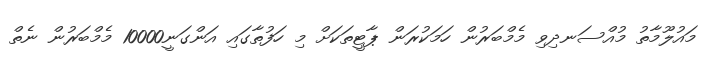
މައުލޫމާތު މުއްސަނދިވި މެމްބަރުން ހަމަކުރަން ޕާޓީތަކަށް މި ހަފުތާގައި އަންގަނީ10000 މެމްބަރުން ނެތް